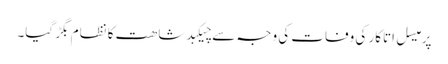
پرمیسل اتاکار کی وفات کی وجہ سے چیکبدشاھت کا نظام بگڑ گیا۔